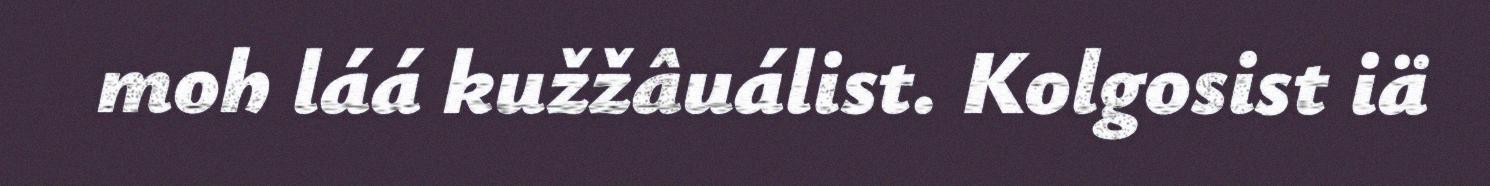
moh láá kužžâuálist. Kolgosist iä